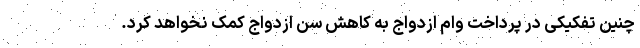
چنین تفکیکی در پرداخت وام ازدواج به کاهش سن ازدواج کمک نخواهد کرد.